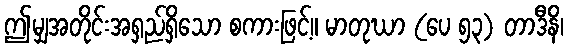
ဤမျှအတိုင်းအရှည်ရှိသော စကားဖြင့်။ မာတုဃာ (ပေ ၅၃) တာဒီနိ၊